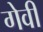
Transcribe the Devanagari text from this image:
गेवी